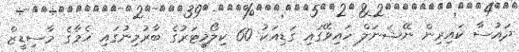
ދައުސާ ކައިރިން ނޭޝަނަލް ހައިވޭގައި ގަޑިއަކު 60 ކިލޯމީޓަރުގެ ބާރުމިނުގައި ހެމާގެ މާސިޑީޒް